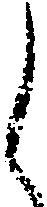
し